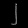
Digit: ၂